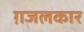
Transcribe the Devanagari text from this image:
ग़जलकार